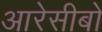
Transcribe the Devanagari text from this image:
आरेसीबो